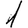
Digit: 1